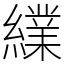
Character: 䌜